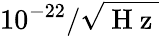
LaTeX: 10^{-22}/\sqrt{\mathrm{~H~z~}}